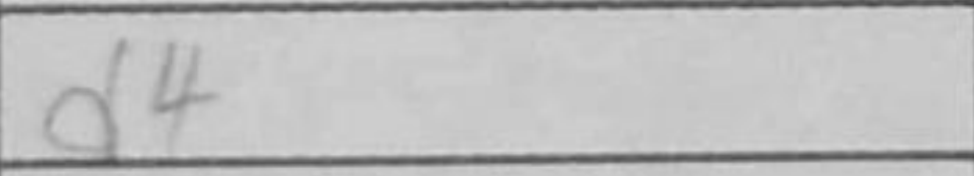
Transcription: d4